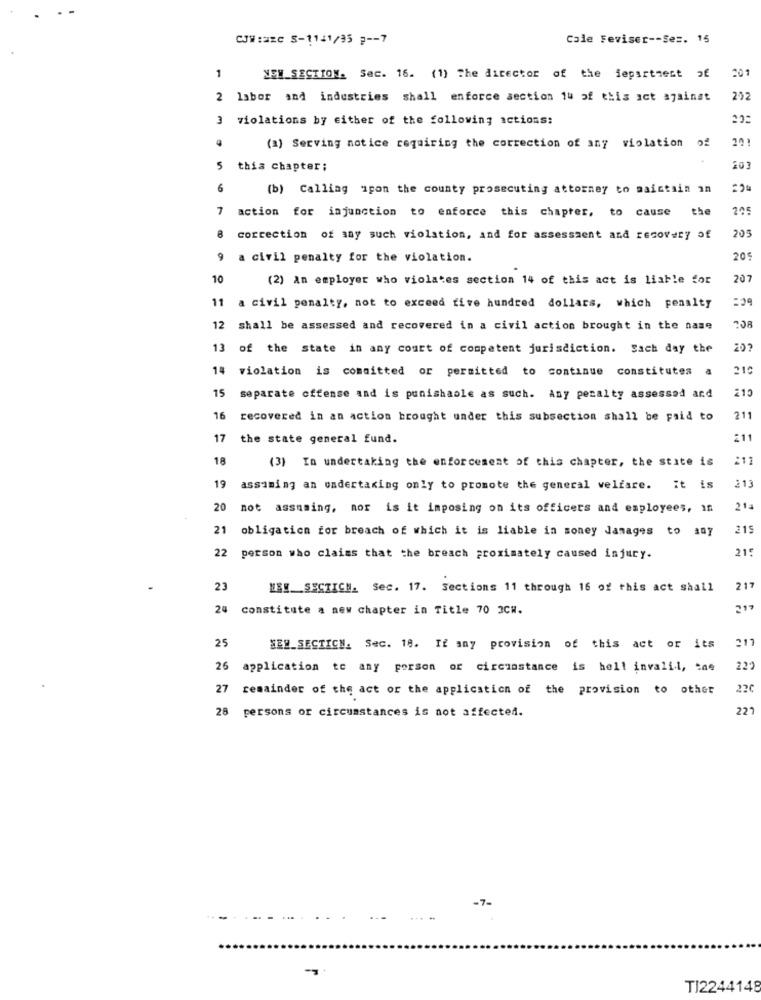
CJW :2EC S-1141/35 2 -- 7
Cale Feviser -- Sez. 15
1
201
NEW_SECTION. Sac. 16. (1) The director of the department of
2 labor and industries shall enforce section 1u of this act against
202
3 violations by either of the following actions:
(a) Serving notice requiring the correction of any violation of
5
this chapter;
203
6
(b) Calling upon the county prosecuting attorney to maintain in
-24
7
action for injunction to enforce this chapter, to cause
the
205
205
correction of any such violation, and for assessment and recovery of
9
a civil penalty for the violation.
205
10
(2) an employer who violates section 14 of this act is liable for
207
11
:29
a civil penalty, not to exceed five hundred dollars, which penalty
12 shall be assessed and recovered in a civil action brought in the name
13 of the state in any court of competent jurisdiction. Sach day the
14 violation is committed or permitted to continue constitutes a
210
separate offense and is punishable as such. Any penalty assessed and
16 recovered in an action brought under this subsection shall be paid to
211
17 the state general fund.
:11
18
(3) In undertaking the enforcement of this chapter, the state is
:11
211
19
assuming an undertaking only to promote the general welfare. it is
20
not assuming, nor is it imposing on its officers and employees, in
214
obligation for breach of which it is liable in soney Jamages to any
21
22
215
person who claims that the breach proximately caused injury.
23
NEW_SECTICH. Sec. 17. Sections 11 through 16 of this act shall
217
24 constitute a new chapter in Title 70 3C#.
217
25
NEW_SECTION. Sec. 18. If any provision of this act or its
26 application to any person or circonstance is hell invalii, cas
222
27 remainder of the act or the application of the provision to other
22C
28 persons or circumstances is not affected.
222
-7-
-
TI2244148